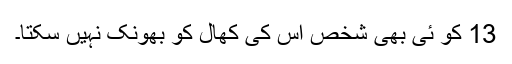
13 کو ئی بھی شخص اس کی کھال کو بھونک نہیں سکتا۔